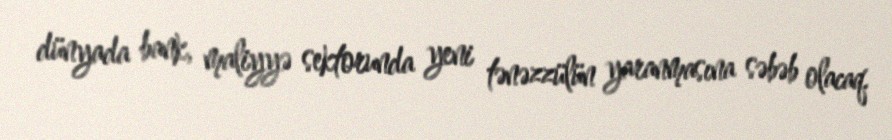
dünyada bank, maliyyə sektorunda yeni tənəzzülün yaranmasına səbəb olacaq.